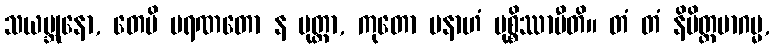
သယမ္ဘုနော, တေပိ မရဏတော န မုတ္တာ, ကုတော ပနာဟံ မုစ္စိဿာမီတိ။ တံ တံ နိမိတ္တမာဂမ္မ,